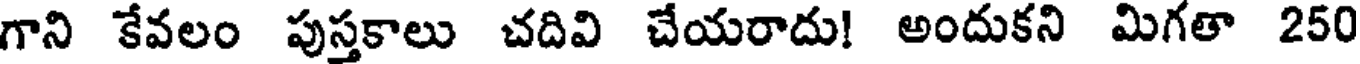
గాని కేవలం పుస్తకాలు చదివి చేయరాదు! అందుకని మిగతా 250